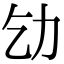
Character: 𠠶